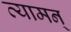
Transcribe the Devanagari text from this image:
व्यामन्